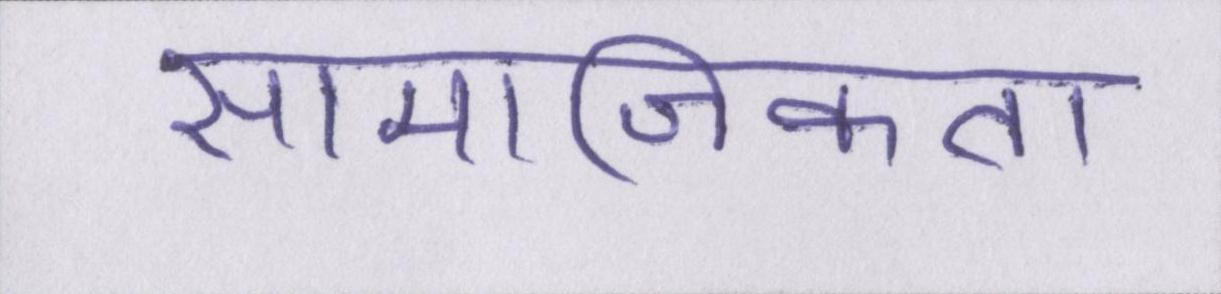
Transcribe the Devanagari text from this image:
सामाजिकता